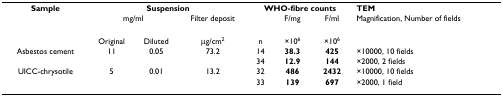
<table><thead><tr><td><b>Sample</b></td><td colspan="3"><b>Suspension</b></td><td colspan="3"><b>WHO-fibre counts</b></td><td><b>TEM</b></td></tr><tr><td></td><td colspan="2"><b>mg/ml</b></td><td><b>Filter deposit</b></td><td></td><td><b>F/mg</b></td><td><b>F/ml</b></td><td><b>Magnification, Number of fields</b></td></tr></thead><tbody><tr><td></td><td>Original</td><td>Diluted</td><td>μg/cm<sup>2</sup></td><td>n</td><td>×10<sup>6</sup></td><td>×10<sup>6</sup></td><td></td></tr><tr><td>Asbestos cement</td><td>11</td><td>0.05</td><td>73.2</td><td>14</td><td><b>38.3</b></td><td><b>425</b></td><td>×10000, 10 fields</td></tr><tr><td></td><td></td><td></td><td></td><td>34</td><td><b>12.9</b></td><td><b>144</b></td><td>×2000, 2 fields</td></tr><tr><td>UICC-chrysotile</td><td>5</td><td>0.01</td><td>13.2</td><td>32</td><td><b>486</b></td><td><b>2432</b></td><td>×10000, 10 fields</td></tr><tr><td></td><td></td><td></td><td></td><td>33</td><td><b>139</b></td><td><b>697</b></td><td>×2000, 1 field</td></tr></tbody></table>